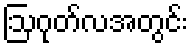
ဩဂုတ်လအတွင်း